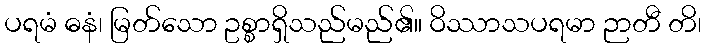
ပရမံ ဓနံ၊ မြတ်သော ဥစ္စာရှိသည်မည်၏။ ဝိဿာသပရမာ ဉာတီ တိ၊